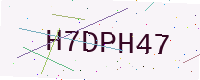
Text: H7DPH47